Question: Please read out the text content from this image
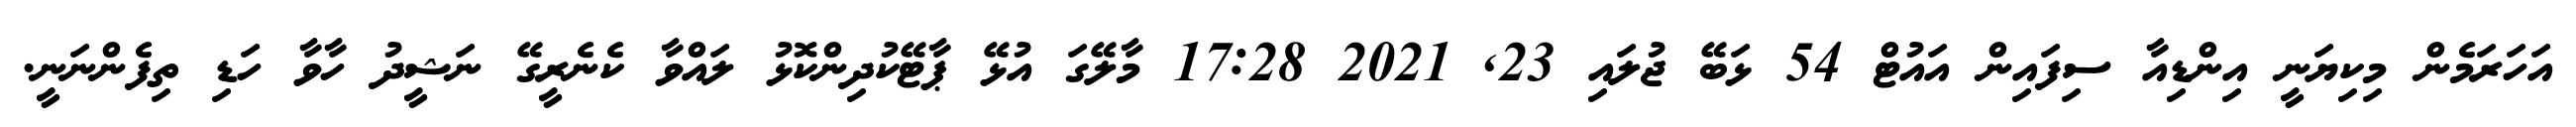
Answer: އަހަރަމެން މިކިޔަނީ އިންޑިއާ ސިފައިން އައުޓް 54 ޅަބޭ ޖުލައި 23, 2021 17:28 މާލޭގަ އުޅޭ ޕާޓޭކުދިންކޮޅު ލައްވާ ކެނެރީގޭ ނަޝީދު ހާވާ ހަޑި ތިފެންނަނީ.